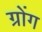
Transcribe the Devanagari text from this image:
ग्रोंग